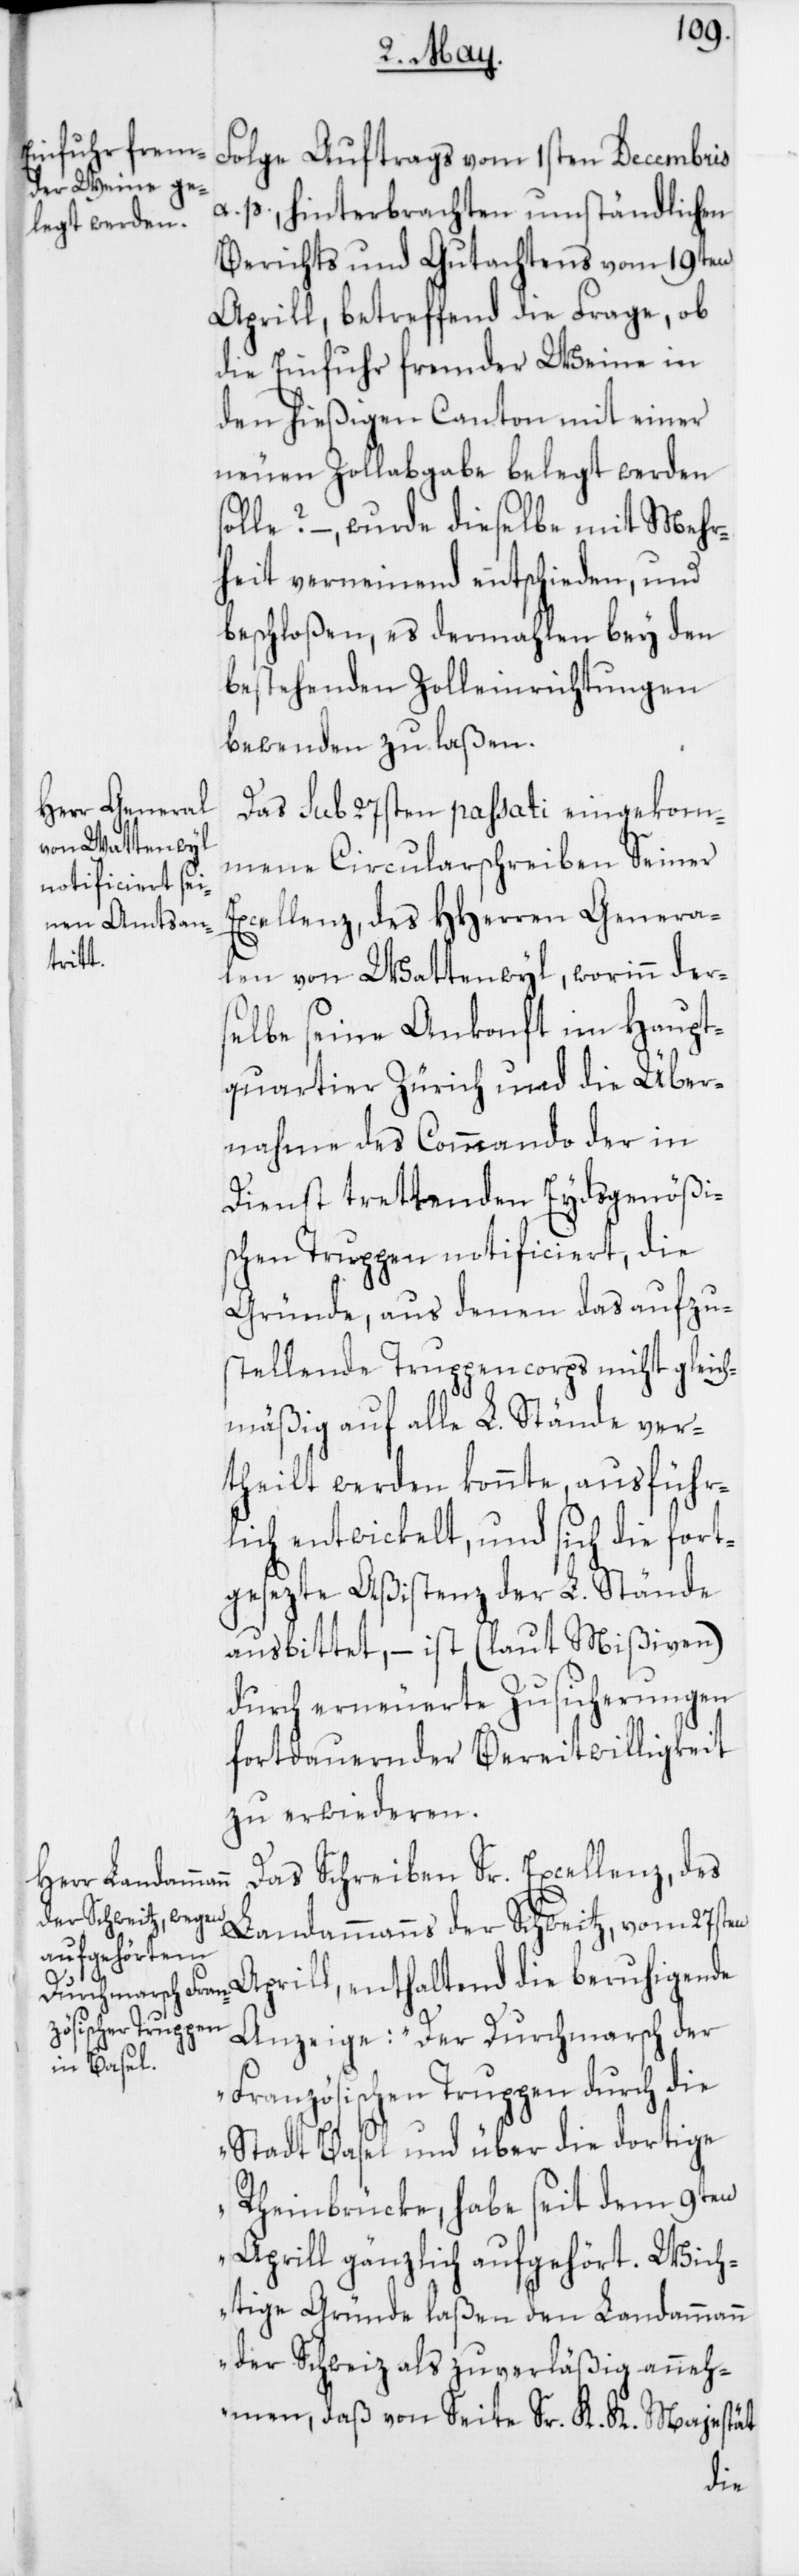
Folge Auftrags vom 1sten Decembris
a. p. hinterbrachten umständlichen
Berichts und Gutachtens vom 19ten
Aprill, betreffend die Frage, ob
die Einfuhr fremder Weine in
den hießigen Canton mit einer
neuen Zollabgabe belegt werden
solle? –, wurde dieselbe mit Mehr¬
heit verneinend entschieden, und
beschloßen, es dermahlen bey den
bestehenden Zolleinrichtungen
bewenden zu laßen.
Das sub 27sten passati eingekom¬
mene Circularschreiben Seiner
Excellenz, des HHerren Genera¬
len von Wattenwyl, worinn der¬
selbe seine Ankonft im Haupt¬
quartier Zürich und die Über¬
nahme des Commando der in
Dienst trettenden Eydsgenößi¬
schen Truppen notificiert, die
Gründe, aus denen das aufzu¬
stellende Truppencorps nicht gleich¬
mäßig auf alle L. Stände ver¬
theilt werden konnte, ausführ¬
lich entwickelt, und sich die fort¬
gesezte Aßistenz der L. Stände
ausbittet, – ist (laut Mißiven)
durch erneuerte Zusicherungen
fortdauernder Bereitwilligkeit
zu erwiederen.
Das Schreiben Sr. Excellenz, des
Landammanns der Schweitz, vom 27sten
Aprill, enthaltend die beruhigende
Anzeige: „Der Durchmarsch der
Französischen Truppen durch die
Stadt Basel und über die dortige
Rheinbrücke, habe seit dem 9ten
Aprill gänzlich aufgehört. Wich¬
tige Gründe laßen den Landammann
der Schweiz als zuverläßig anneh¬
men, daß von Seite Sr. K. K. Majestät